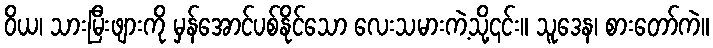
ဝိယ၊ သားမြီးဖျားကို မှန်အောင်ပစ်နိုင်သော လေးသမားကဲ့သို့၎င်း။ သူဒေန၊ စားတော်ကဲ။